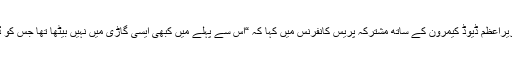
امریکی صدر نے برطانوی وزیراعظم ڈیوڈ کیمرون کے ساتھ مشترکہ پریس کانفرنس میں کہا کہ “اس سے پہلے میں کبھی ایسی گاڑی میں نہیں بیٹھا تھا جس کو ڈیوک آف ایڈنبرا چلا رہے ہوں۔